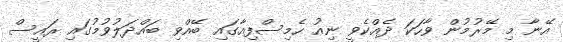
އޭނާ މި މޭރުމުން ވާހަކަ ދެއްކެވީ ނިއު ހެމިސްފިއާގައި ބޭއްވި ބައްދަލުވުމުގައި ރައީސް